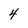
Character: 4